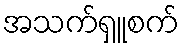
အသက်ရှူစက်